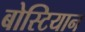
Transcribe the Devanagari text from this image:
बोस्टियान